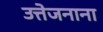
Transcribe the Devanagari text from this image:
उत्तेजनाना